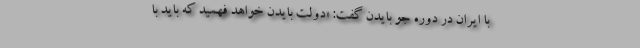
با ایران در دوره جو بایدن گفت: «دولت بایدن خواهد فهمید که باید با